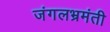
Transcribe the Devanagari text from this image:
जंगलभ्रमंती